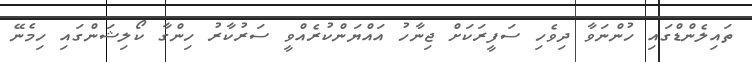
ތައިލެންޑްގައި ހުންނަވާ ދިވެހި ސަފީރަކަށް ޖިނާހު އައްޔަންކުރެއްވީ ސަރުކާރު ހިންގާ ކޯލިޝަންގައި ހިމެނޭ